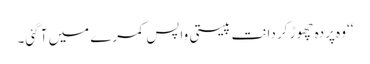
‘‘ وہ پردہ چھوڑ کر دانت پیستی واپس کمرے میں آ گئی۔